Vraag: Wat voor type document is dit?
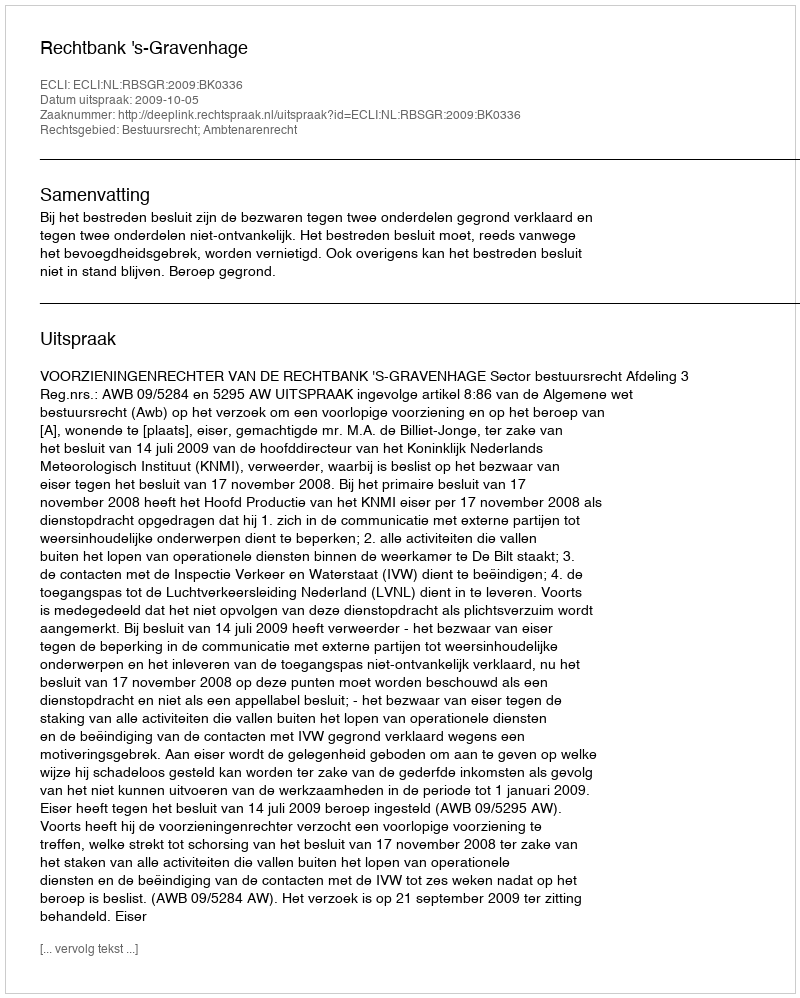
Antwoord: Uitspraak